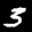
Label: 3